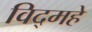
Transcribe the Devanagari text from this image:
विद्‌महे